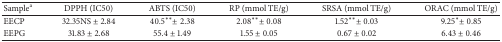
| Samplea | DPPH (IC50) | ABTS (IC50) | RP (mmol TE/g) | SRSA (mmol TE/g) | ORAC (mmol TE/g) |
 | --- | --- | --- | --- | --- | --- |
 | EECP | 32.35NS ± 2.84 | 40.5** ± 2.38 | 2.08** ± 0.08 | 1.52** ± 0.03 | 9.25* ± 0.85 |
 | EEPG | 31.83 ± 2.68 | 55.4 ± 1.49 | 1.55 ± 0.05 | 0.67 ± 0.02 | 6.43 ± 0.46 |